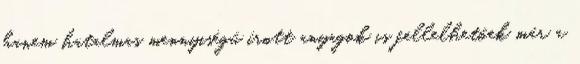
hanem hatalmas mennyiségű írott anyagok is fellelhetőek már a